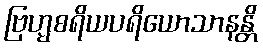
ဗြဟ္မစရိယပရိယောသာနန္တိ